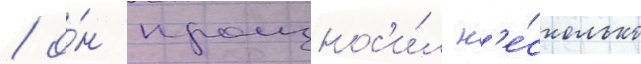
/ о́н произнос'и́л н'е́сколько